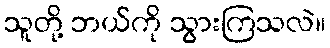
သူတို့ ဘယ်ကို သွားကြသလဲ။